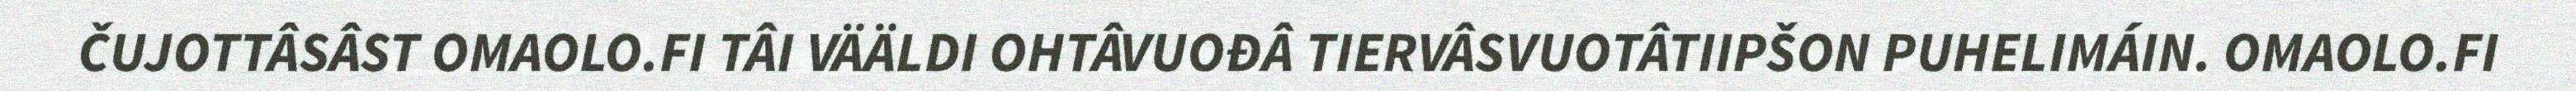
ČUJOTTÂSÂST OMAOLO.FI TÂI VÄÄLDI OHTÂVUOĐÂ TIERVÂSVUOTÂTIIPŠON PUHELIMÁIN. OMAOLO.FI